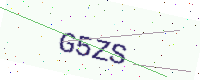
Text: G5ZS